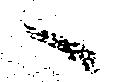
へ